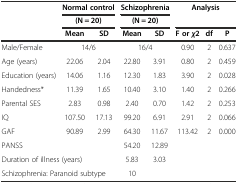
<table><thead><tr><td rowspan="3"></td><td colspan="2"><b>Normal control</b></td><td colspan="2"><b>Schizophrenia</b></td><td rowspan="2" colspan="3"><b>Analysis</b></td></tr><tr><td colspan="2"><b>(N = 20)</b></td><td colspan="2"><b>(N = 20)</b></td></tr><tr><td><b>Mean</b></td><td><b>SD</b></td><td><b>Mean</b></td><td><b>SD</b></td><td><b>F or<i>χ</i>2</b></td><td><b>df</b></td><td><b>P</b></td></tr></thead><tbody><tr><td>Male/Female</td><td colspan="2">14/6</td><td colspan="2">16/4</td><td>0.90</td><td>2</td><td>0.637</td></tr><tr><td>Age (years)</td><td>22.06</td><td>2.04</td><td>22.80</td><td>3.91</td><td>0.80</td><td>2</td><td>0.459</td></tr><tr><td>Education (years)</td><td>14.06</td><td>1.16</td><td>12.30</td><td>1.83</td><td>3.90</td><td>2</td><td>0.028</td></tr><tr><td>Handedness*</td><td>11.39</td><td>1.65</td><td>10.40</td><td>3.10</td><td>1.40</td><td>2</td><td>0.266</td></tr><tr><td>Parental SES</td><td>2.83</td><td>0.98</td><td>2.40</td><td>0.70</td><td>1.42</td><td>2</td><td>0.253</td></tr><tr><td>IQ</td><td>107.50</td><td>17.13</td><td>99.20</td><td>6.91</td><td>2.91</td><td>2</td><td>0.066</td></tr><tr><td>GAF</td><td>90.89</td><td>2.99</td><td>64.30</td><td>11.67</td><td>113.42</td><td>2</td><td>0.000</td></tr><tr><td>PANSS</td><td></td><td></td><td>54.20</td><td>12.89</td><td></td><td></td><td></td></tr><tr><td colspan="3">Duration of illness (years)</td><td>5.83</td><td>3.03</td><td></td><td></td><td></td></tr><tr><td colspan="3">Schizophrenia: Paranoid subtype</td><td>10</td><td></td><td></td><td></td><td></td></tr></tbody></table>